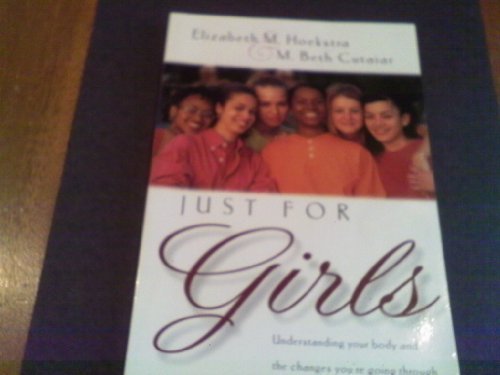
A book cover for Just For Girls: Understanding Your Body and the Changes You're Going Through; Elizabeth Hoekstra; Teen & Young Adult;